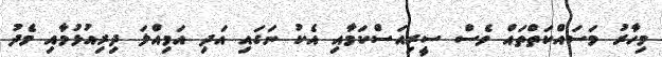
މިހާރު މަސައްކަތްތައް ވެސް ސީރިއަސްކަމާއި އެކު ނަގައި އަދި އަމިއްލަ ދިރިއުޅުމާއި މެދު